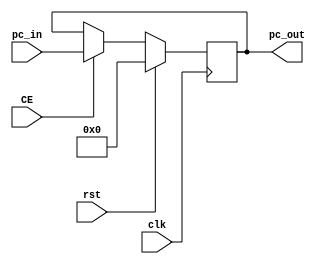
`timescale 1ns / 1ps

module PC (
    input  clk,
    input  rst,
    input  CE,
    input  [31:0] pc_in,
    output [31:0] pc_out    
);
    reg [31:0] pc;
    always @(posedge clk) begin
        if(rst) 
            pc <= 0;
        else if(CE) 
            pc <= pc_in;
        else 
            pc <= pc;
    end
    
    assign pc_out = pc;
endmodule